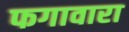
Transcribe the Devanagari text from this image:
फगावारा